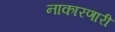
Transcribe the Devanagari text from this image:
नाकारणारी